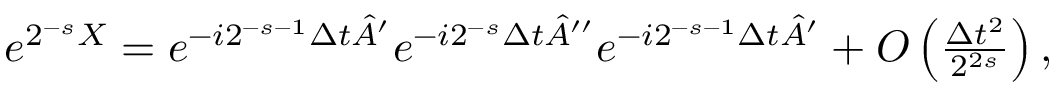
\begin{array} { r } { e ^ { { 2 ^ { - s } X } } = e ^ { { - i 2 ^ { - s - 1 } } \Delta t \hat { A } ^ { \prime } } e ^ { { - i 2 ^ { - s } } \Delta t \hat { A } ^ { \prime \prime } } e ^ { { - i 2 ^ { - s - 1 } } \Delta t \hat { A } ^ { \prime } } + O \left( \frac { \Delta t ^ { 2 } } { 2 ^ { 2 s } } \right) , } \end{array}